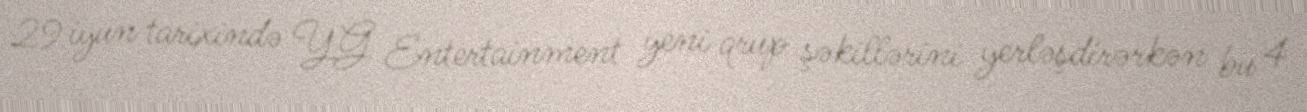
29 iyun tarixində YG Entertainment yeni qrup şəkillərini yerləşdirərkən bu 4